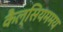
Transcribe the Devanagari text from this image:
कैल्सियममय